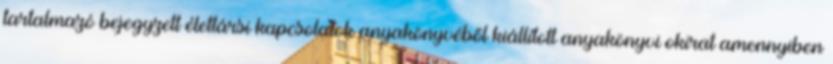
tartalmazó bejegyzett élettársi kapcsolatok anyakönyvéből kiállított anyakönyvi okirat amennyiben